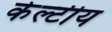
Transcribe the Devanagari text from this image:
केल्टीय